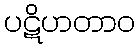
ပဋိဟတာဝ